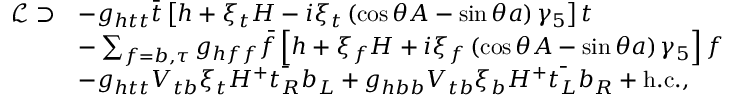
\begin{array} { r l } { \mathcal { L } \supset } & { - g _ { h t t } \bar { t } \left[ h + \xi _ { t } H - i \xi _ { t } \left( \cos \theta A - \sin \theta a \right) \gamma _ { 5 } \right] t } \\ & { - \sum _ { f = b , \tau } g _ { h f f } \bar { f } \left[ h + \xi _ { f } H + i \xi _ { f } \left( \cos \theta A - \sin \theta a \right) \gamma _ { 5 } \right] f } \\ & { - g _ { h t t } V _ { t b } \xi _ { t } H ^ { + } \bar { t _ { R } } b _ { L } + g _ { h b b } V _ { t b } \xi _ { b } H ^ { + } \bar { t _ { L } } b _ { R } + \mathrm { h . c . } , } \end{array}